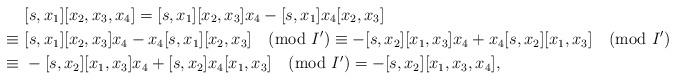
LaTeX: \begin{align*}& [s, x_1][ x_2, x_3, x_4] = [s, x_1][ x_2, x_3] x_4 - [s, x_1]x_4 [ x_2, x_3]\\\equiv \ & [s, x_1][ x_2, x_3] x_4 - x_4 [s, x_1] [ x_2, x_3] \pmod{I'} \equiv - [s, x_2][ x_1, x_3] x_4 + x_4 [s, x_2] [ x_1, x_3] \pmod{I'}\\\equiv \ & - [s, x_2][ x_1, x_3] x_4 + [s, x_2] x_4 [ x_1, x_3] \pmod{I'} = - [s, x_2][ x_1, x_3, x_4] ,\end{align*}